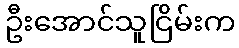
ဦးအောင်သူငြိမ်းက